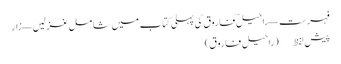
فہرست — راحیلؔ فاروق کی پہلی کتاب میں شامل غزلیں — زار
پیش لفظ (راحیل فاروق)